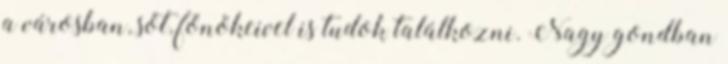
a városban, sőt, főnökeivel is tudok találkozni. Nagy gondban